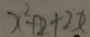
x ^ { 2 } + 2 + 2 x